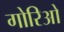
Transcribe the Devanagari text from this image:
गोरिओ